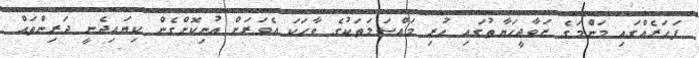
ފަހަރެއްގައި މަންމަގެ ޒަވާޖީހަޔާތުގައި ހުރި މައްސަލަތަކުގެ ވާހަކަ އެވަރަށް އުނިކޮށްގެން ކިޔައިދެނީ ދަރިންތައް